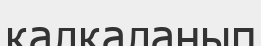
қалқаланып